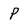
Character: P